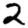
Digit: 2